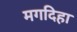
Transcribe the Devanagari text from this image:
मगदिहा